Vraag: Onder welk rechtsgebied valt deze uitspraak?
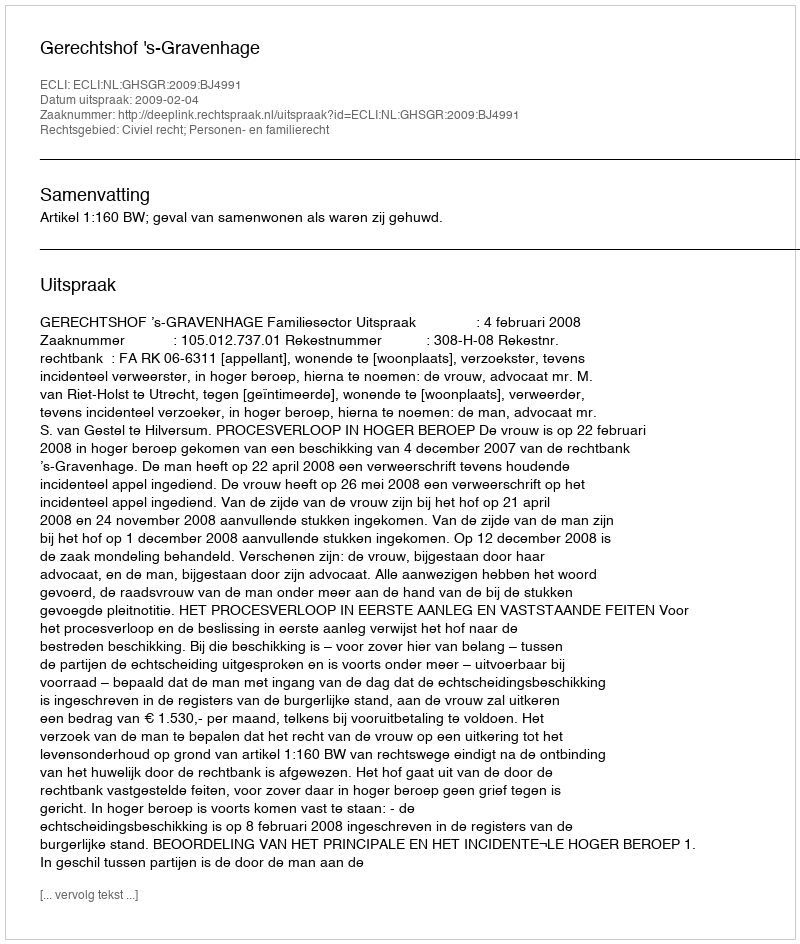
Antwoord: Civiel recht; Personen- en familierecht